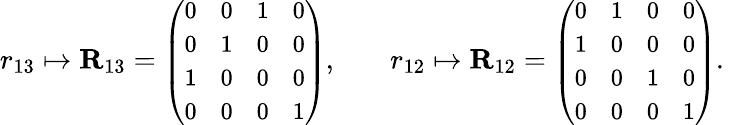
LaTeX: \begin{array}{rl}{r_{13}\mapsto\mathbf{R}_{13}={\small\left(\begin{array}{llll}{0}&{0}&{1}&{0}\\ {0}&{1}&{0}&{0}\\ {1}&{0}&{0}&{0}\\ {0}&{0}&{0}&{1}\end{array}\right)},\quad}&{r_{12}\mapsto\mathbf{R}_{12}={\small\left(\begin{array}{llll}{0}&{1}&{0}&{0}\\ {1}&{0}&{0}&{0}\\ {0}&{0}&{1}&{0}\\ {0}&{0}&{0}&{1}\end{array}\right)}.\quad}\end{array}